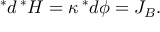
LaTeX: \, ^ { * } d \, ^ { * } H = \kappa \, ^ { * } d \phi = J _ { B } .